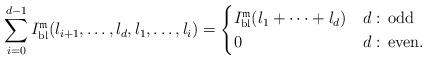
LaTeX: \begin{align*}\sum_{i=0}^{d-1}I_{\mathrm{bl}}^{\mathfrak{m}}(l_{i+1},\dots,l_{d},l_{1},\dots,l_{i})=\begin{cases}I_{\mathrm{bl}}^{\mathfrak{m}}(l_{1}+\cdots+l_{d}) & d:\,{\rm odd}\\0 & d:\,{\rm even}.\end{cases}\end{align*}